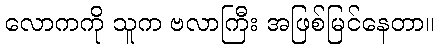
လောကကို သူက ဗလာကြီး အဖြစ်မြင်နေတာ။